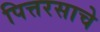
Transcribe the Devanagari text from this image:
पित्तरसाचे